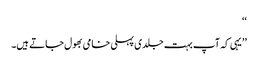
‘‘
’’یہی کہ آپ بہت جلدی پہلی خامی بھول جاتے ہیں۔